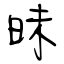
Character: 昧